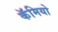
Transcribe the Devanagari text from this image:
कॅमियो